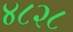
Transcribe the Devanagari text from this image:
४८२८